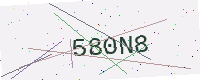
Text: 580N8